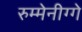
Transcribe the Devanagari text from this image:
रुम्मेनीग्गे